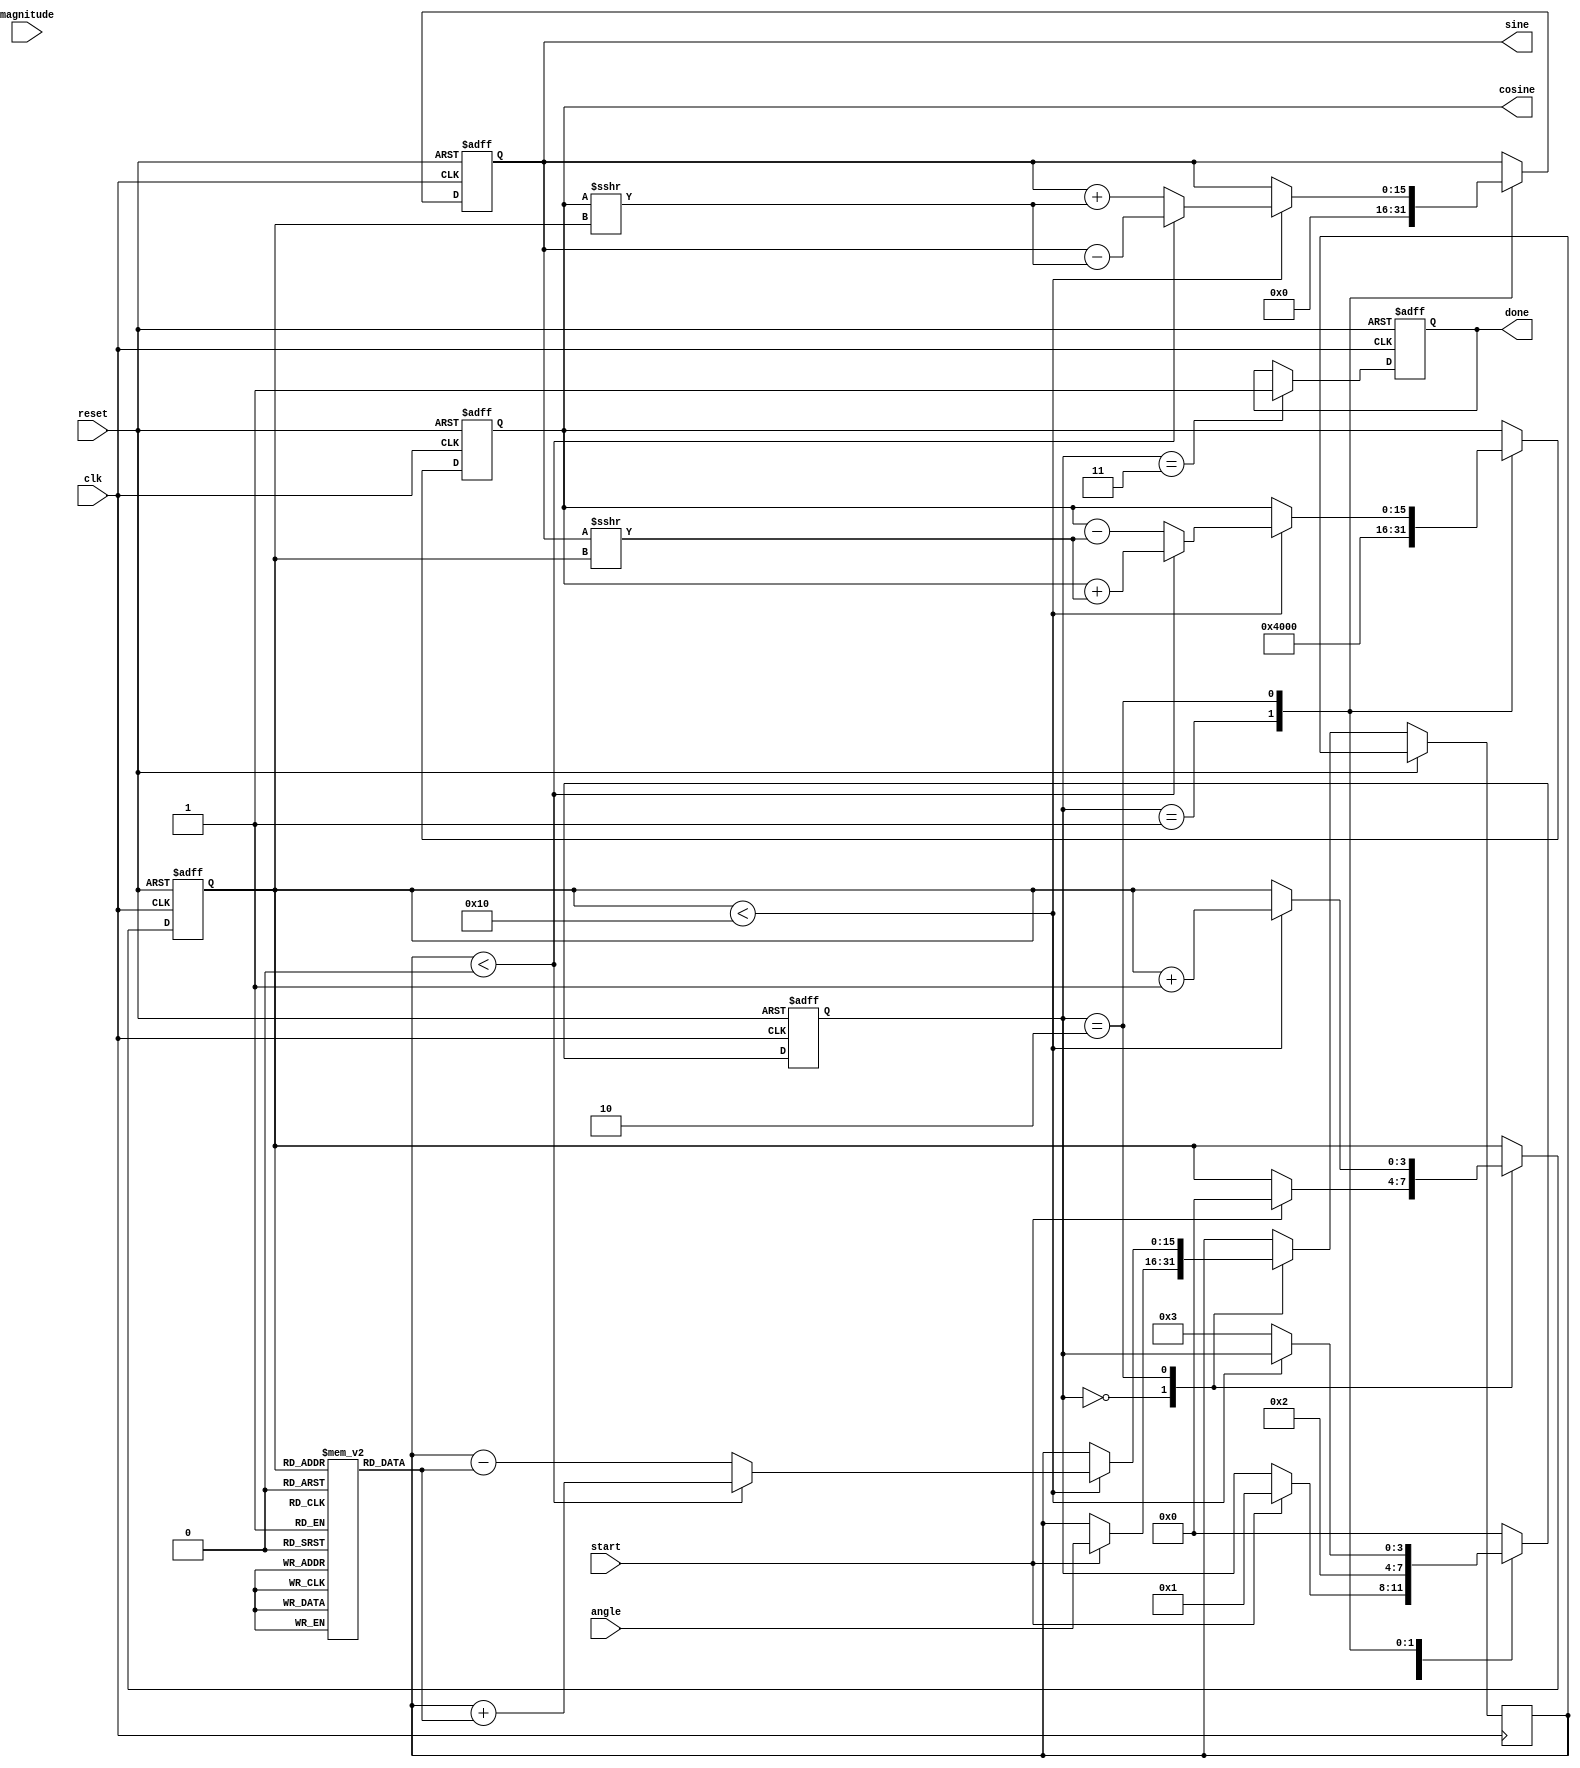
module cordic (
    input wire clk,
    input wire reset,
    input wire start,
    input wire signed [15:0] angle,      // Fixed-point angle input
    input wire signed [15:0] magnitude,   // Fixed-point magnitude input
    output reg signed [15:0] cosine,      // Computed cosine output
    output reg signed [15:0] sine,        // Computed sine output
    output reg done                       // Indicate completion of calculation
);
    // Parameters
    localparam NUM_ITERATIONS = 16;
    localparam FIXED_POINT_FRACTIONAL_BITS = 14; // Number of fractional bits
    localparam CORDIC_GAIN = 16'h26DD; // Approximation of K = 0.6072 in fixed-point

    // Internal state
    reg [3:0] state;
    reg signed [15:0] current_angle;
    reg signed [15:0] current_magnitude;
    reg [3:0] iteration_count;

    // CORDIC arctangent values for each iteration
    reg signed [15:0] atan_table [0:NUM_ITERATIONS-1];

    initial begin
        // Initialize arctangent values (fixed-point representation)
        atan_table[0] = 16'h2000; // atan(2^-0)
        atan_table[1] = 16'h1400; // atan(2^-1)
        atan_table[2] = 16'h0A00; // atan(2^-2)
        atan_table[3] = 16'h0500; // atan(2^-3)
        atan_table[4] = 16'h0280; // atan(2^-4)
        atan_table[5] = 16'h0140; // atan(2^-5)
        atan_table[6] = 16'h00A0; // atan(2^-6)
        atan_table[7] = 16'h0050; // atan(2^-7)
        atan_table[8] = 16'h0028; // atan(2^-8)
        atan_table[9] = 16'h0014; // atan(2^-9)
        atan_table[10] = 16'h000A; // atan(2^-10)
        atan_table[11] = 16'h0005; // atan(2^-11)
        atan_table[12] = 16'h0002; // atan(2^-12)
        atan_table[13] = 16'h0001; // atan(2^-13)
        atan_table[14] = 16'h0001; // atan(2^-14)
        atan_table[15] = 16'h0000; // atan(2^-15)
    end

    // FSM states
    localparam IDLE = 0;
    localparam INIT = 1;
    localparam ITERATE = 2;
    localparam DONE = 3;

    always @(posedge clk or posedge reset) begin
        if (reset) begin
            state <= IDLE;
            cosine <= 16'h4000; // Initial cosine = 1.0 in fixed-point
            sine <= 16'h0000;   // Initial sine = 0.0 in fixed-point
            done <= 0;
            iteration_count <= 0;
        end else begin
            case (state)
                IDLE: begin
                    if (start) begin
                        current_angle <= angle;
                        current_magnitude <= magnitude;
                        iteration_count <= 0;
                        state <= INIT;
                    end
                end

                INIT: begin
                    // Reset outputs for new calculation
                    cosine <= 16'h4000; // 1.0
                    sine <= 16'h0000;   // 0.0
                    state <= ITERATE;
                end

                ITERATE: begin
                    if (iteration_count < NUM_ITERATIONS) begin
                        if (current_angle < 0) begin
                            // Perform rotation in the negative direction
                            current_angle <= current_angle + atan_table[iteration_count];
                            current_magnitude <= current_magnitude + (sine >>> iteration_count);
                            sine <= sine - (cosine >>> iteration_count);
                            cosine <= cosine + (sine >>> iteration_count);
                        end else begin
                            // Perform rotation in the positive direction
                            current_angle <= current_angle - atan_table[iteration_count];
                            current_magnitude <= current_magnitude - (sine >>> iteration_count);
                            sine <= sine + (cosine >>> iteration_count);
                            cosine <= cosine - (sine >>> iteration_count);
                        end
                        iteration_count <= iteration_count + 1;
                    end else begin
                        state <= DONE;
                    end
                end

                DONE: begin
                    done <= 1; // Indicate completion
                    state <= IDLE; // Go back to IDLE state
                end

                default: state <= IDLE;
            endcase
        end
    end
endmodule